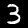
Digit: 3